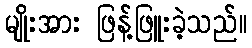
မျိုးအား ဖြန့်ဖြူးခဲ့သည်။